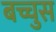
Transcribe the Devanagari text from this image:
बच्चुस